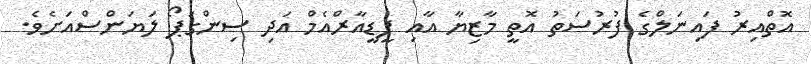
އޮތްއިރު ފައިނަލްގެ ފުރުސަތު އޮތީ މާޒިޔާ އާއި ޕީޑީއާރްއެމް އަދި ސިންގަޕޯ ލަޔަންސްއަށެވެ.